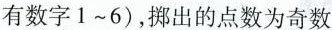
有数字 1~6)，拼出的点数为奇数